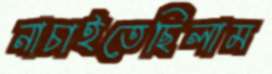
নাচাইতেছিলাম